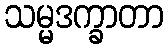
သမ္မဒက္ခာတာ